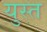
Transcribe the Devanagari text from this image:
युस्त